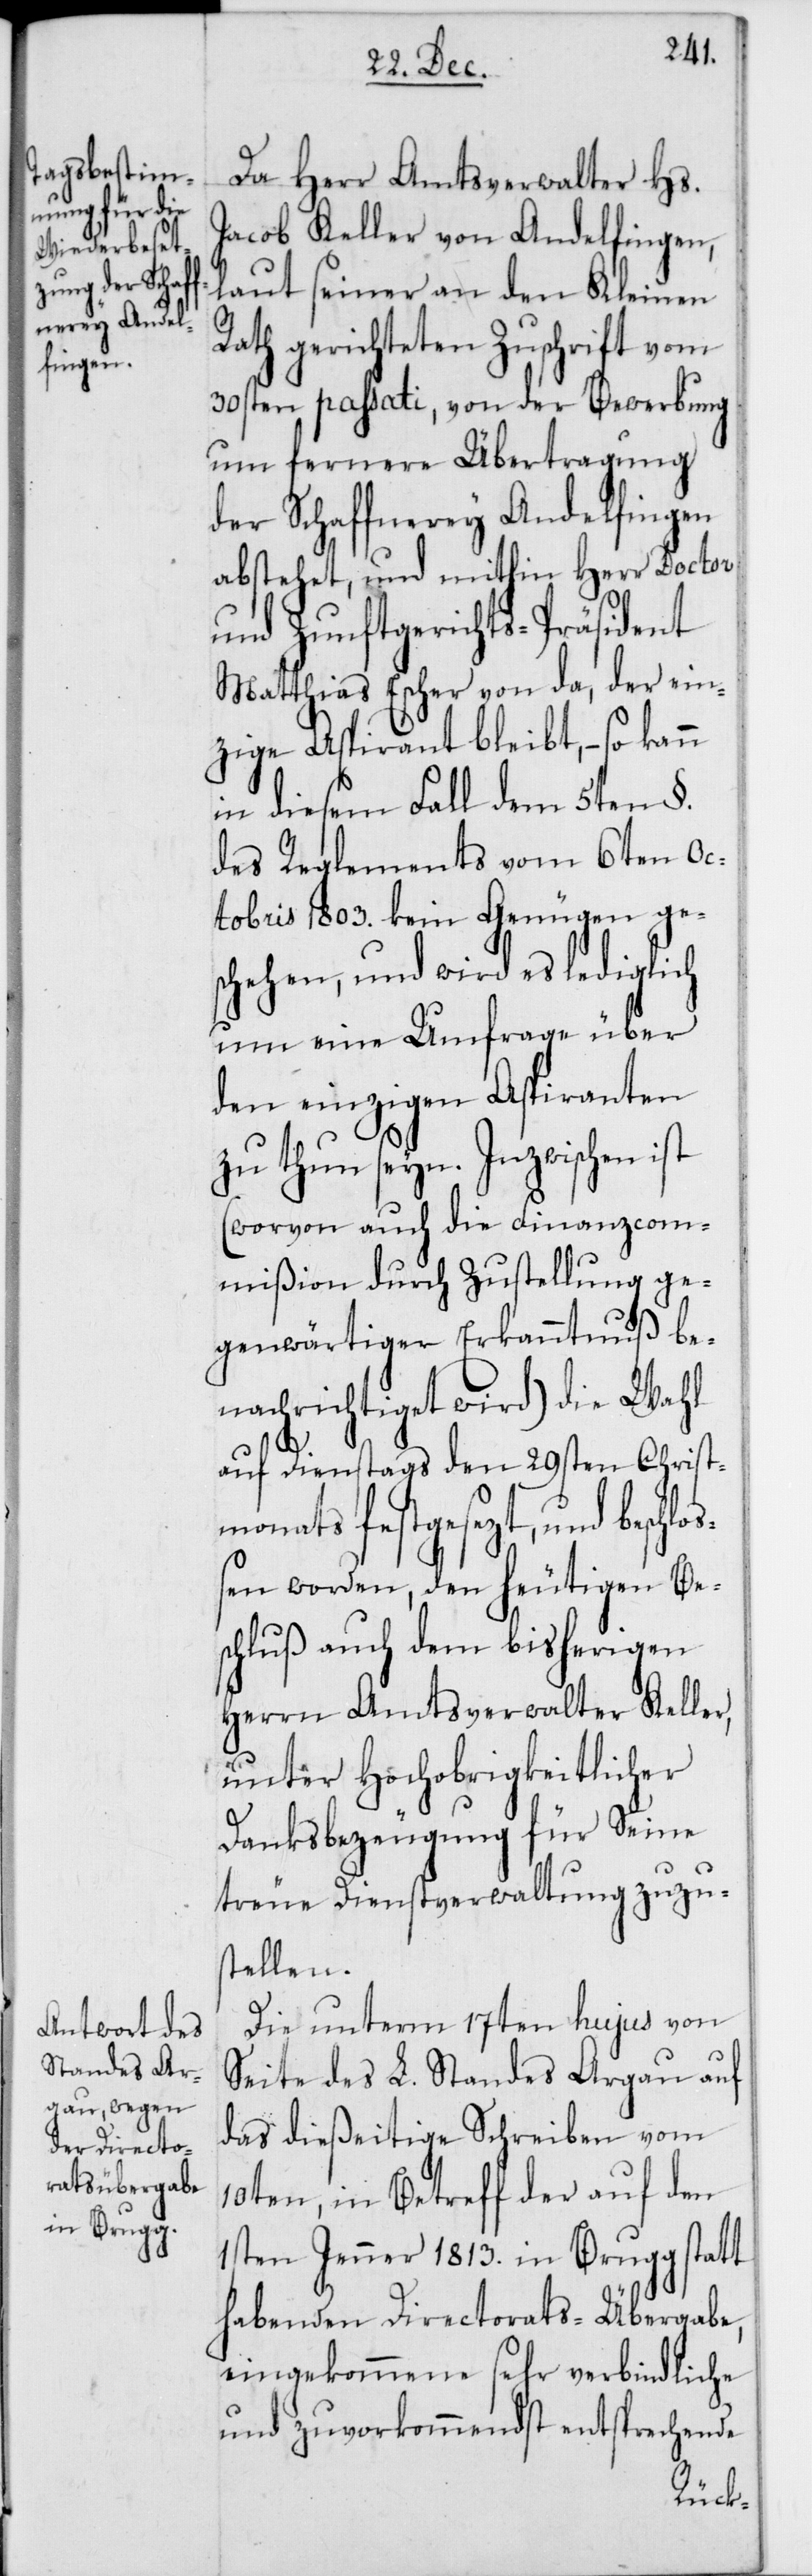
nd beschloß¬

Da Herr Amtsverwalter Hs.
Jacob Keller von Andelfingen,
laut seiner an den Kleinen
Rath gerichteten Zuschrift vom
30sten passati, von der Bewerbung
um fernere Übertragung
der Schaffnerey Andelfingen
abstehet, und mithin Herr Doctor
und Zunftgerichts-Präsident
Matthias Escher von da, der ein¬
zige Aspirant bleibt, so kann
in diesem Fall dem 5ten §.
des Reglements vom 6ten Oc¬
tobris 1803. kein Genügen ge¬
schehen, und wird es lediglich
um eine Umfrage über
den einzigen Aspiranten
zu thun seyn. Inzwischen ist
(worvon auch die Finanzcom¬
mißion durch Zustellung ge¬
genwärtiger Erkanntnuß be¬
nachrichtiget wird) die Wahl
auf Dienstags den 29sten Christ¬
monats festgesezt, u¬
en worden, den heutigen Bes¬
chluß auch dem bisherigen
Herrn Amtsverwalter Keller,
unter Hochobrigkeitlicher
Danksbezeugung für Seine
treue Dienstverwaltung zuzu¬
stellen.
Die unterm 17ten hujus von
Seite des L. Standes Argau auf
das dießeitige Schreiben vom
10ten, in Betreff der auf den
1sten Jenner 1813. in Brugg statt
habenden Directorats-Übergabe,
eingekommene sehr verbindliche
und zuvorkommendst entsprechende